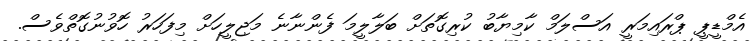
އެމްޑީޕީ ޕްރައިމަރީ އަސްލަމް ކާމިޔާބު ކުރިގޮތަށް ބަލާލީމަ ފެންނާނެ މަޖިލީހަށް މިފަހަރު ހޮވުނުގޮތްވެސް.